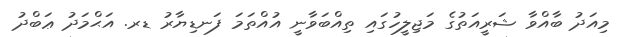
މިއަދު ބާއްވާ ޝަރީއަތުގެ މަޖިލީހުގައި ތިއްބަވާނީ އުއްތަމަ ފަނޑިޔާރު ޑރ. އަޙްމަދު ޢަބްދު